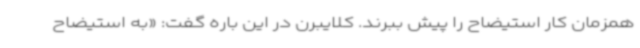
همزمان کار استیضاح را پیش ببرند. کلایبرن در این باره گفت: «به استیضاح